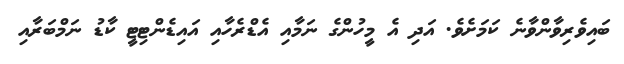
ބައިވެރިވާންވާނެ ކަމަށެވެ. އަދި އެ މީހުންގެ ނަމާއި އެޑްރެހާއި އައިޑެންޓިޓީ ކާޑު ނަމްބަރާއި